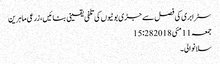
سٹرابری کی فصل سے جڑی بوٹیوں کی تلفی یقینی بنائیں،زرعی ماہرین
جمعہ 11 مئی 2018 15:28
سلانوالی۔